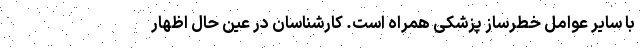
با سایر عوامل خطرساز پزشکی همراه است. کارشناسان در عین حال اظهار